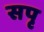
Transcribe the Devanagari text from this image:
सपृ